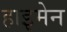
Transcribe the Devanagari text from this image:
हाइमेन